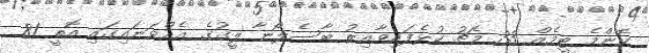
ކޮންމެ ޓީމެއް 33 މެޗު ކުޅެފައިވާއިރު ބާސެލޯނާ ލީގުގެ އެއްވަނައިގައި އޮތީ 81